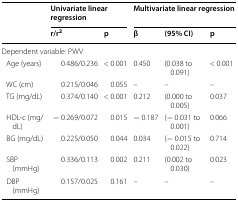
<table><thead><tr><td rowspan="2"></td><td colspan="2"><b>Univariate linear regression</b></td><td colspan="3"><b>Multivariate linear regression</b></td></tr><tr><td><b>r/r<sup>2</sup></b></td><td><b>p</b></td><td><b>β</b></td><td><b>(95% CI)</b></td><td><b>p</b></td></tr></thead><tbody><tr><td colspan="6">Dependent variable: PWV</td></tr><tr><td> Age (years)</td><td>0.486/0.236</td><td>&lt; 0.001</td><td>0.450</td><td>(0.038 to 0.091)</td><td>&lt; 0.001</td></tr><tr><td> WC (cm)</td><td>0.215/0.046</td><td>0.055</td><td>–</td><td>–</td><td>–</td></tr><tr><td> TG (mg/dL)</td><td>0.374/0.140</td><td>&lt; 0.001</td><td>0.212</td><td>(0.000 to 0.005)</td><td>0.037</td></tr><tr><td> HDL-c (mg/dL)</td><td>− 0.269/0.072</td><td>0.015</td><td>− 0.187</td><td>(− 0.031 to 0.001)</td><td>0.066</td></tr><tr><td> BG (mg/dL)</td><td>0.225/0.050</td><td>0.044</td><td>0.034</td><td>(− 0.015 to 0.022)</td><td>0.714</td></tr><tr><td> SBP (mmHg)</td><td>0.336/0.113</td><td>0.002</td><td>0.211</td><td>(0.002 to 0.030)</td><td>0.023</td></tr><tr><td> DBP (mmHg)</td><td>0.157/0.025</td><td>0.161</td><td>–</td><td>–</td><td>–</td></tr></tbody></table>